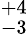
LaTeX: ^{+4}_{-3}